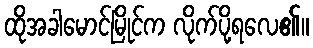
ထိုအခါမောင်မြိုင်က လိုက်ပို့ရလေ၏။